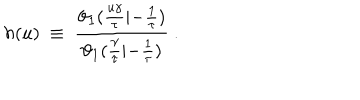
LaTeX: h ( u ) ~ \equiv ~ { \frac { \vartheta _ { 1 } ( { \frac { u \gamma } { \tau } } | { - { \frac { 1 } { \tau } } } ) } { \vartheta _ { 1 } ( { \frac { \gamma } { \tau } } | { - { \frac { 1 } { \tau } } } ) } } \ .